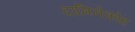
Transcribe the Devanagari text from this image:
दामिनेकोह